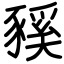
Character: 豯